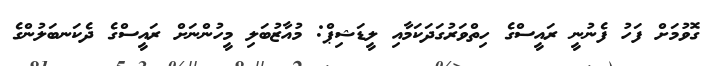
ގޮވުމަށް ފަހު ފެނުނީ ރައީސްގެ ހިތްވަރުގަދަކަމާއި ލީޑަޝިޕް: މުއާޒުބަލި މީހުންނަށް ރައީސްގެ ދެކަނބަލުންގެ